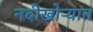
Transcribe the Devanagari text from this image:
नदीखोऱ्यात